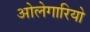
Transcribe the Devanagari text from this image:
ओलेगारियो